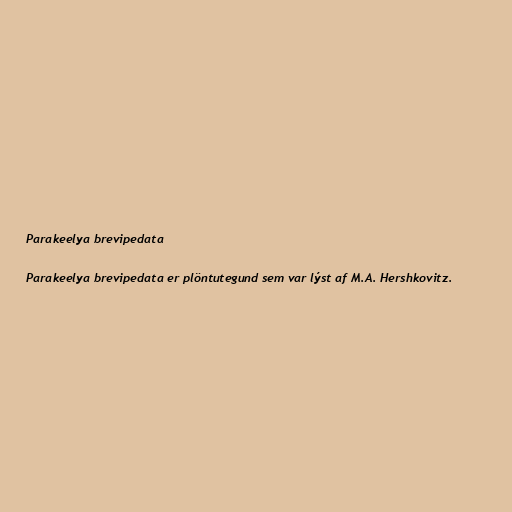
Parakeelya brevipedata

Parakeelya brevipedata er plöntutegund sem var lýst af M.A. Hershkovitz.